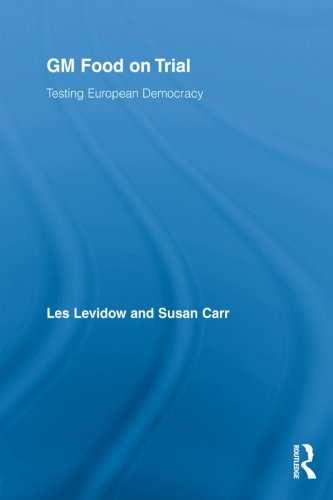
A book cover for GM Food on Trial: Testing European Democracy (Genetics and Society); Les Levidow; Health, Fitness & Dieting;